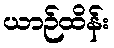
ယာဉ်ထိန်း